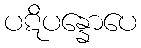
ပဋိပန္နောပေ